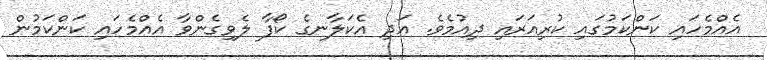
އެއްމެހައި ކަންކަމުގައި ކުރިއަރައި ދިއުމެވެ. އަދި އެކަލާނގެ ކޯފާ ލެވިގެންވާ އެއްމެހައި ކަންކަމުން